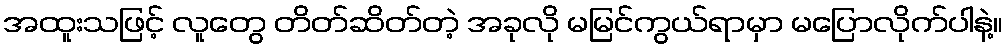
အထူးသဖြင့် လူတွေ တိတ်ဆိတ်တဲ့ အခုလို မမြင်ကွယ်ရာမှာ မပြောလိုက်ပါနဲ့။